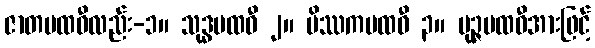
ဇာတပထဝီလည်း-၁။ သုဒ္ဓပထဝီ ၂။ မိဿကပထဝီ ၃။ ပုဉ္ဇပထဝီအားဖြင့်